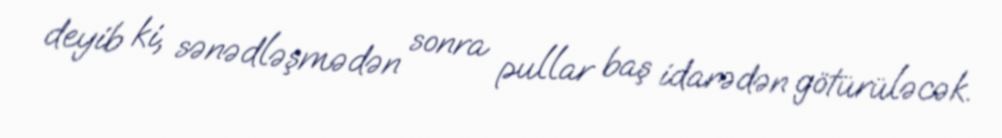
deyib ki, sənədləşmədən sonra pullar baş idarədən götürüləcək.